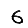
Digit: 6